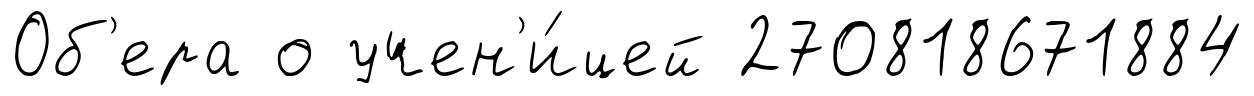
Об'ера о учен'и́цей 270818671884